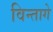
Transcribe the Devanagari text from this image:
विन्तागे